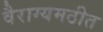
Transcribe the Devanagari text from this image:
वैराग्यमठीत